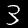
Digit: 3